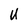
Character: U